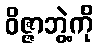
ဝိဇ္ဇာဘွဲ့ကို